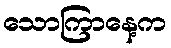
သောကြာနေ့က